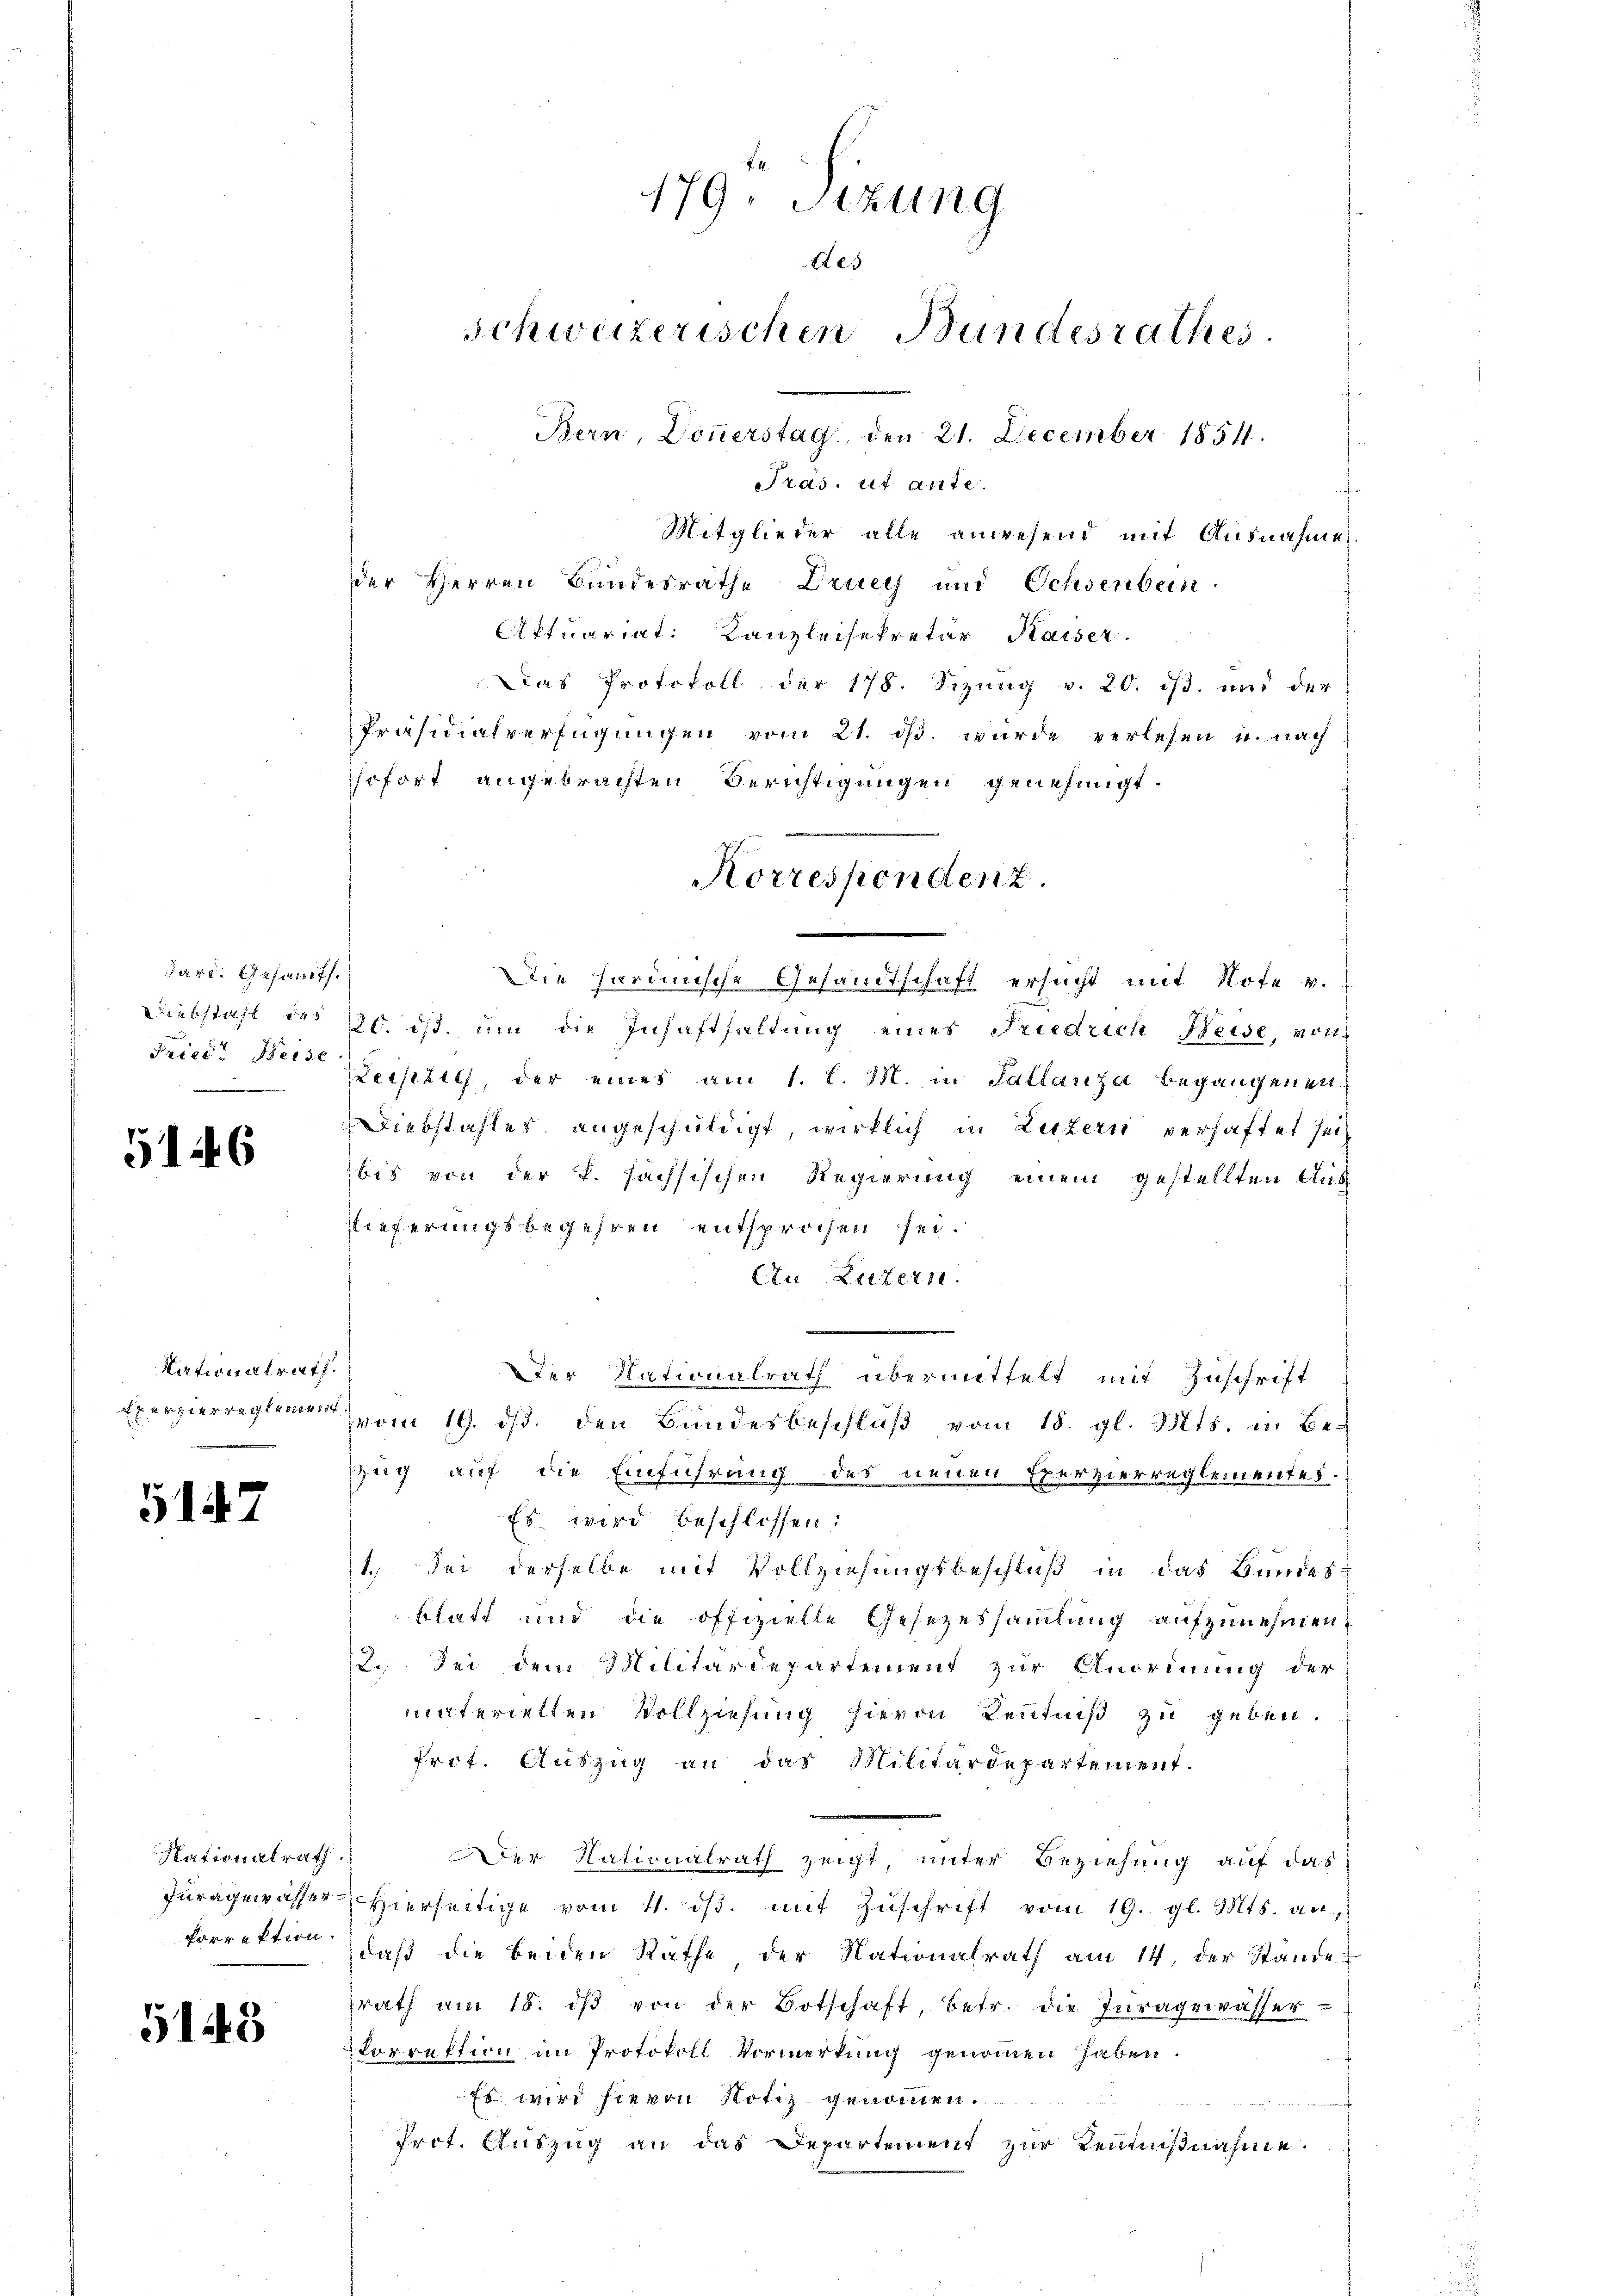
dard. Gesamts.
abstahl des
Friedr Weise

5146

Nationalrath.
re

5147

Nationalrath
korrektion.

5143

Tras. et arite.
Mitglieder alle anwesend mit Ausnahme
der Herren Bundesrathe Druey und Ochsenbein
Aftuariat: Kanzleisekretär Kaiser.
Das Protokoll der 178. Sizung v. 20. ist. und der
Präsidialverfügungen vom 21. ds. wurde verlesen u. nach
sofort angebrachten Berichtigungen genehmigt.
Die hardinische Gesandtschaft ersucht mit Note v.
20. ist, um die Insafthaltung eines Friedrich Weise, vor
Leistet, der eines am 1. l. M. in Sallanza begangenen
Diebstahler angeschuldigt, wirklich in Luzern verhaftet sei
bis von der k. sächsischen Regierung einem gestellten Aus
slieferungsbegehren entsprochen sei.
Ein Luzern.
Der Nationalrath übermittelt mit Zuschrift
vom 19. ds. den Bundesbeschluß vom 18. gl. Mts. in Be-
Zug auf die Einführung des neuen Exerzierreglementes.
Es wird beschlossen:
1. Sei derselbe mit Vollziehungsbeschluß in das Bundes-
blatt und die offizielle Gesezessammlung aufzunehmen,
2. Sei dem Militärdepartement zur Anordnung der
materiellen Vollziehung hievon Kenntniß zu geben.
Prof. Auszug an das Militärdepartement.
Der Nationalrath zeigt, unter Beziehung auf das
Jŭragewasser hierseitige vom 4. dβ. mit Zŭschrift vom 19. gl. Mts. an,
daß die beiden Rathe der Nationalrath am 14. der Stande
rath am 18. dβ von der Botschaft, betr. die Juragewässer-
Vorrektion im Protokoll Vormerkung genommen haben.
Es wird hievon Notiz genommen.
Prot. Aŭszŭg an das Departement zur Reniβnahme.

179 Sizung
tes
Schweizerischen Bundesrathes.
Bern, Donnerstag, den 21. December 1854.

Korrespondenz.
d